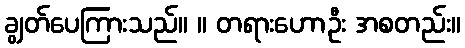
ချွတ်ပေကြားသည်။ ။ တရားဟောဦး အစတည်း။